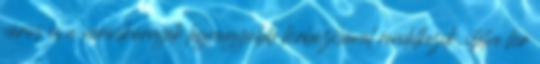
város és a városkörnyék legnagyobb hírbázisával rendelkezik, illetve hír